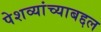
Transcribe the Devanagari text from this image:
पेशव्यांच्याबद्दल